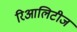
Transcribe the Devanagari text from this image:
रिआलिटीज